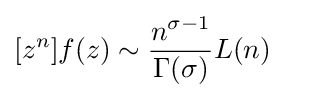
[z^{n}]f(z)\sim {\frac {n^{\sigma -1}}{\Gamma (\sigma )}}L(n)\quad